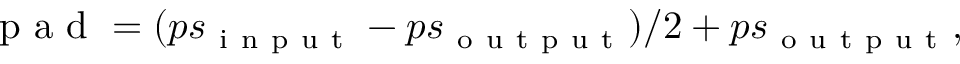
\mathrm { ~ p ~ a ~ d ~ } = ( p s _ { \mathrm { ~ i ~ n ~ p ~ u ~ t ~ } } - p s _ { \mathrm { ~ o ~ u ~ t ~ p ~ u ~ t ~ } } ) / 2 + p s _ { \mathrm { ~ o ~ u ~ t ~ p ~ u ~ t ~ } } ,